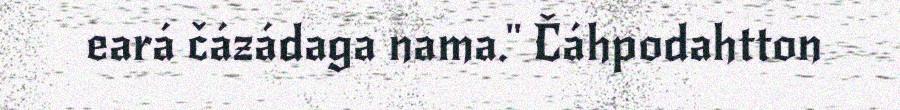
eará čázádaga nama." Čáhpodahtton